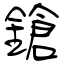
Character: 鎗